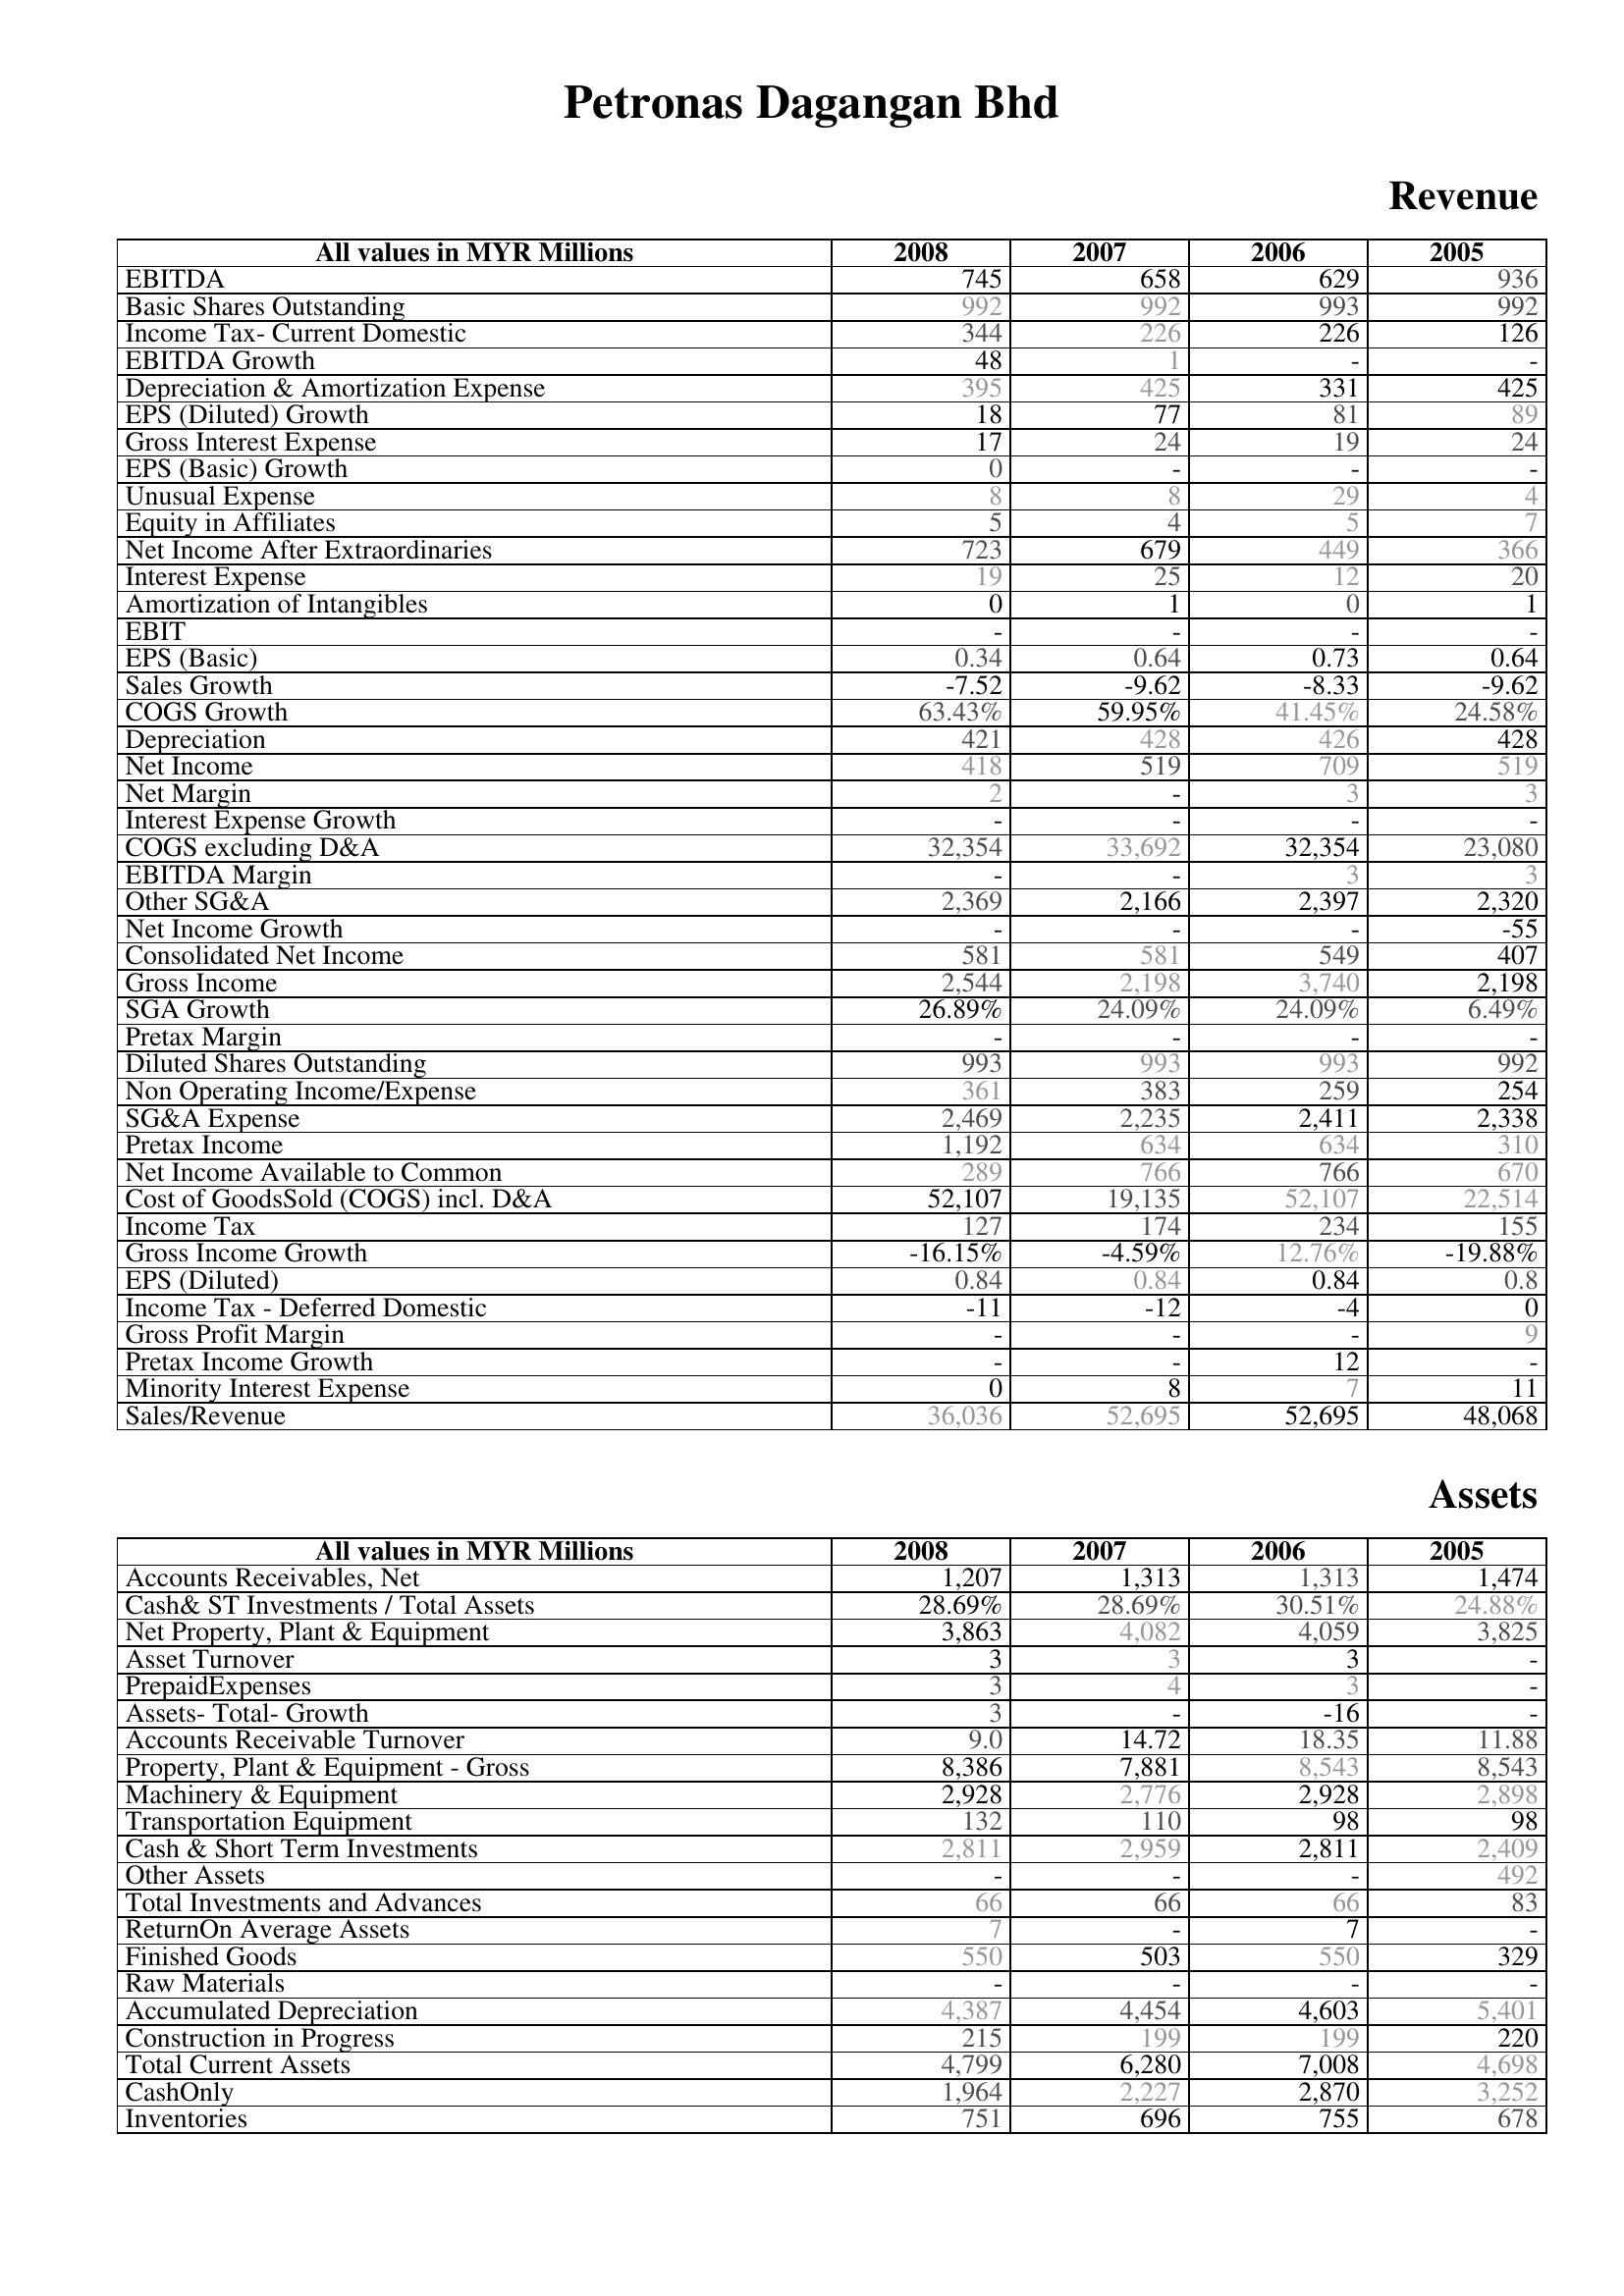
2008: Revenue: EBITDA: 745
Basic Shares Outstanding: 992
Income Tax- Current Domestic: 344
EBITDA Growth: 48
Depreciation & Amortization Expense: 395
EPS (Diluted) Growth: 18
Gross Interest Expense: 17
EPS (Basic) Growth: 0
Unusual Expense: 8
Equity in Affiliates: 5
Net Income After Extraordinaries: 723
Interest Expense: 19
Amortization of Intangibles: 0
EBIT: -
EPS (Basic): 0.34
Sales Growth: -7.52
COGS Growth: 63.43%
Depreciation: 421
Net Income: 418
Net Margin: 2
Interest Expense Growth: -
COGS excluding D&A: 32,354
EBITDA Margin: -
Other SG&A: 2,369
Net Income Growth: -
Consolidated Net Income: 581
Gross Income: 2,544
SGA Growth: 26.89%
Pretax Margin: -
Diluted Shares Outstanding: 993
Non Operating Income/Expense: 361
SG&A Expense: 2,469
Pretax Income: 1,192
Net Income Available to Common: 289
Cost of GoodsSold (COGS) incl. D&A: 52,107
Income Tax: 127
Gross Income Growth: -16.15%
EPS (Diluted): 0.84
Income Tax - Deferred Domestic: -11
Gross Profit Margin: -
Pretax Income Growth: -
Minority Interest Expense: 0
Sales/Revenue: 36,036
Assets: Accounts Receivables, Net: 1,207
Cash& ST Investments / Total Assets: 28.69%
Net Property, Plant & Equipment: 3,863
Asset Turnover: 3
PrepaidExpenses: 3
Assets- Total- Growth: 3
Accounts Receivable Turnover: 9.0
Property, Plant & Equipment - Gross : 8,386
Machinery & Equipment: 2,928
Transportation Equipment: 132
Cash & Short Term Investments: 2,811
Other Assets: -
Total Investments and Advances: 66
ReturnOn Average Assets: 7
Finished Goods: 550
Raw Materials: -
Accumulated Depreciation: 4,387
Construction in Progress: 215
Total Current Assets: 4,799
CashOnly: 1,964
Inventories: 751
2007: Revenue: EBITDA: 658
Basic Shares Outstanding: 992
Income Tax- Current Domestic: 226
EBITDA Growth: 1
Depreciation & Amortization Expense: 425
EPS (Diluted) Growth: 77
Gross Interest Expense: 24
EPS (Basic) Growth: -
Unusual Expense: 8
Equity in Affiliates: 4
Net Income After Extraordinaries: 679
Interest Expense: 25
Amortization of Intangibles: 1
EBIT: -
EPS (Basic): 0.64
Sales Growth: -9.62
COGS Growth: 59.95%
Depreciation: 428
Net Income: 519
Net Margin: -
Interest Expense Growth: -
COGS excluding D&A: 33,692
EBITDA Margin: -
Other SG&A: 2,166
Net Income Growth: -
Consolidated Net Income: 581
Gross Income: 2,198
SGA Growth: 24.09%
Pretax Margin: -
Diluted Shares Outstanding: 993
Non Operating Income/Expense: 383
SG&A Expense: 2,235
Pretax Income: 634
Net Income Available to Common: 766
Cost of GoodsSold (COGS) incl. D&A: 19,135
Income Tax: 174
Gross Income Growth: -4.59%
EPS (Diluted): 0.84
Income Tax - Deferred Domestic: -12
Gross Profit Margin: -
Pretax Income Growth: -
Minority Interest Expense: 8
Sales/Revenue: 52,695
Assets: Accounts Receivables, Net: 1,313
Cash& ST Investments / Total Assets: 28.69%
Net Property, Plant & Equipment: 4,082
Asset Turnover: 3
PrepaidExpenses: 4
Assets- Total- Growth: -
Accounts Receivable Turnover: 14.72
Property, Plant & Equipment - Gross : 7,881
Machinery & Equipment: 2,776
Transportation Equipment: 110
Cash & Short Term Investments: 2,959
Other Assets: -
Total Investments and Advances: 66
ReturnOn Average Assets: -
Finished Goods: 503
Raw Materials: -
Accumulated Depreciation: 4,454
Construction in Progress: 199
Total Current Assets: 6,280
CashOnly: 2,227
Inventories: 696
2006: Revenue: EBITDA: 629
Basic Shares Outstanding: 993
Income Tax- Current Domestic: 226
EBITDA Growth: -
Depreciation & Amortization Expense: 331
EPS (Diluted) Growth: 81
Gross Interest Expense: 19
EPS (Basic) Growth: -
Unusual Expense: 29
Equity in Affiliates: 5
Net Income After Extraordinaries: 449
Interest Expense: 12
Amortization of Intangibles: 0
EBIT: -
EPS (Basic): 0.73
Sales Growth: -8.33
COGS Growth: 41.45%
Depreciation: 426
Net Income: 709
Net Margin: 3
Interest Expense Growth: -
COGS excluding D&A: 32,354
EBITDA Margin: 3
Other SG&A: 2,397
Net Income Growth: -
Consolidated Net Income: 549
Gross Income: 3,740
SGA Growth: 24.09%
Pretax Margin: -
Diluted Shares Outstanding: 993
Non Operating Income/Expense: 259
SG&A Expense: 2,411
Pretax Income: 634
Net Income Available to Common: 766
Cost of GoodsSold (COGS) incl. D&A: 52,107
Income Tax: 234
Gross Income Growth: 12.76%
EPS (Diluted): 0.84
Income Tax - Deferred Domestic: -4
Gross Profit Margin: -
Pretax Income Growth: 12
Minority Interest Expense: 7
Sales/Revenue: 52,695
Assets: Accounts Receivables, Net: 1,313
Cash& ST Investments / Total Assets: 30.51%
Net Property, Plant & Equipment: 4,059
Asset Turnover: 3
PrepaidExpenses: 3
Assets- Total- Growth: -16
Accounts Receivable Turnover: 18.35
Property, Plant & Equipment - Gross : 8,543
Machinery & Equipment: 2,928
Transportation Equipment: 98
Cash & Short Term Investments: 2,811
Other Assets: -
Total Investments and Advances: 66
ReturnOn Average Assets: 7
Finished Goods: 550
Raw Materials: -
Accumulated Depreciation: 4,603
Construction in Progress: 199
Total Current Assets: 7,008
CashOnly: 2,870
Inventories: 755
2005: Revenue: EBITDA: 936
Basic Shares Outstanding: 992
Income Tax- Current Domestic: 126
EBITDA Growth: -
Depreciation & Amortization Expense: 425
EPS (Diluted) Growth: 89
Gross Interest Expense: 24
EPS (Basic) Growth: -
Unusual Expense: 4
Equity in Affiliates: 7
Net Income After Extraordinaries: 366
Interest Expense: 20
Amortization of Intangibles: 1
EBIT: -
EPS (Basic): 0.64
Sales Growth: -9.62
COGS Growth: 24.58%
Depreciation: 428
Net Income: 519
Net Margin: 3
Interest Expense Growth: -
COGS excluding D&A: 23,080
EBITDA Margin: 3
Other SG&A: 2,320
Net Income Growth: -55
Consolidated Net Income: 407
Gross Income: 2,198
SGA Growth: 6.49%
Pretax Margin: -
Diluted Shares Outstanding: 992
Non Operating Income/Expense: 254
SG&A Expense: 2,338
Pretax Income: 310
Net Income Available to Common: 670
Cost of GoodsSold (COGS) incl. D&A: 22,514
Income Tax: 155
Gross Income Growth: -19.88%
EPS (Diluted): 0.8
Income Tax - Deferred Domestic: 0
Gross Profit Margin: 9
Pretax Income Growth: -
Minority Interest Expense: 11
Sales/Revenue: 48,068
Assets: Accounts Receivables, Net: 1,474
Cash& ST Investments / Total Assets: 24.88%
Net Property, Plant & Equipment: 3,825
Asset Turnover: -
PrepaidExpenses: -
Assets- Total- Growth: -
Accounts Receivable Turnover: 11.88
Property, Plant & Equipment - Gross : 8,543
Machinery & Equipment: 2,898
Transportation Equipment: 98
Cash & Short Term Investments: 2,409
Other Assets: 492
Total Investments and Advances: 83
ReturnOn Average Assets: -
Finished Goods: 329
Raw Materials: -
Accumulated Depreciation: 5,401
Construction in Progress: 220
Total Current Assets: 4,698
CashOnly: 3,252
Inventories: 678